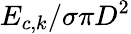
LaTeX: {{E}_{c,k}}/{\sigma\pi{{D}^{2}}}